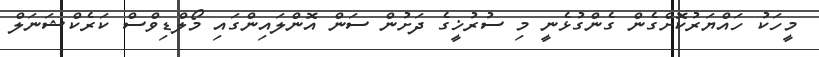
މީހަކު ހައްޔަރުކޮށްގެން ގެންގުޅެނީ މި ސުރުޚީގެ ދަށުން ސަން އޮންލައިންގައި މޯލްޑިވްސް ކަރެކްޝަނަލް